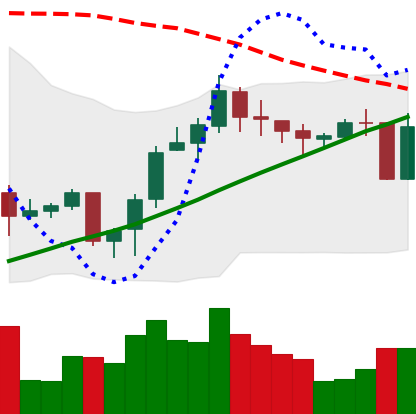
Ticker: LINK-USD
Chart end date: 2020-10-21
Forward return: 8.731%
Label: up_7plus